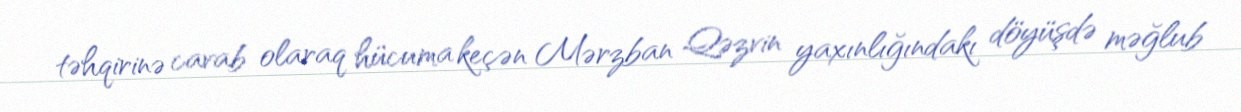
təhqirinə cavab olaraq hücuma keçən Mərzban Qəzvin yaxınlığındakı döyüşdə məğlub